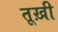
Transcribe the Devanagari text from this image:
तूख़ी